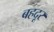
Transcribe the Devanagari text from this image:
बहदूर